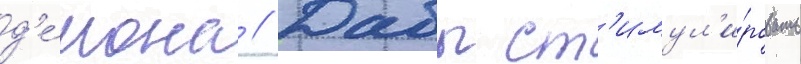
д'е́мона // Дабы ст'имул'и́ровать